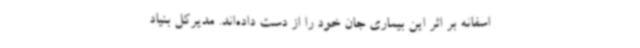
اسفانه بر اثر این بیماری جان خود را از دست داده‌اند. مدیرکل بنیاد